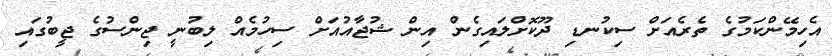
އެހިމޭންކަމުގެ ތެރެއަށް ސިކުނޑި ދޫކޮށްލައިގެން އިން ޝުޖާއުއަށް ސިހުމެއް ލިބުނީ ޖިންސުގެ ޖީބުގައި